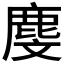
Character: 𪊓